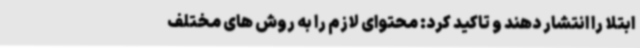
ابتلا را انتشار دهند و تاکید کرد: محتوای لازم را به روش های مختلف